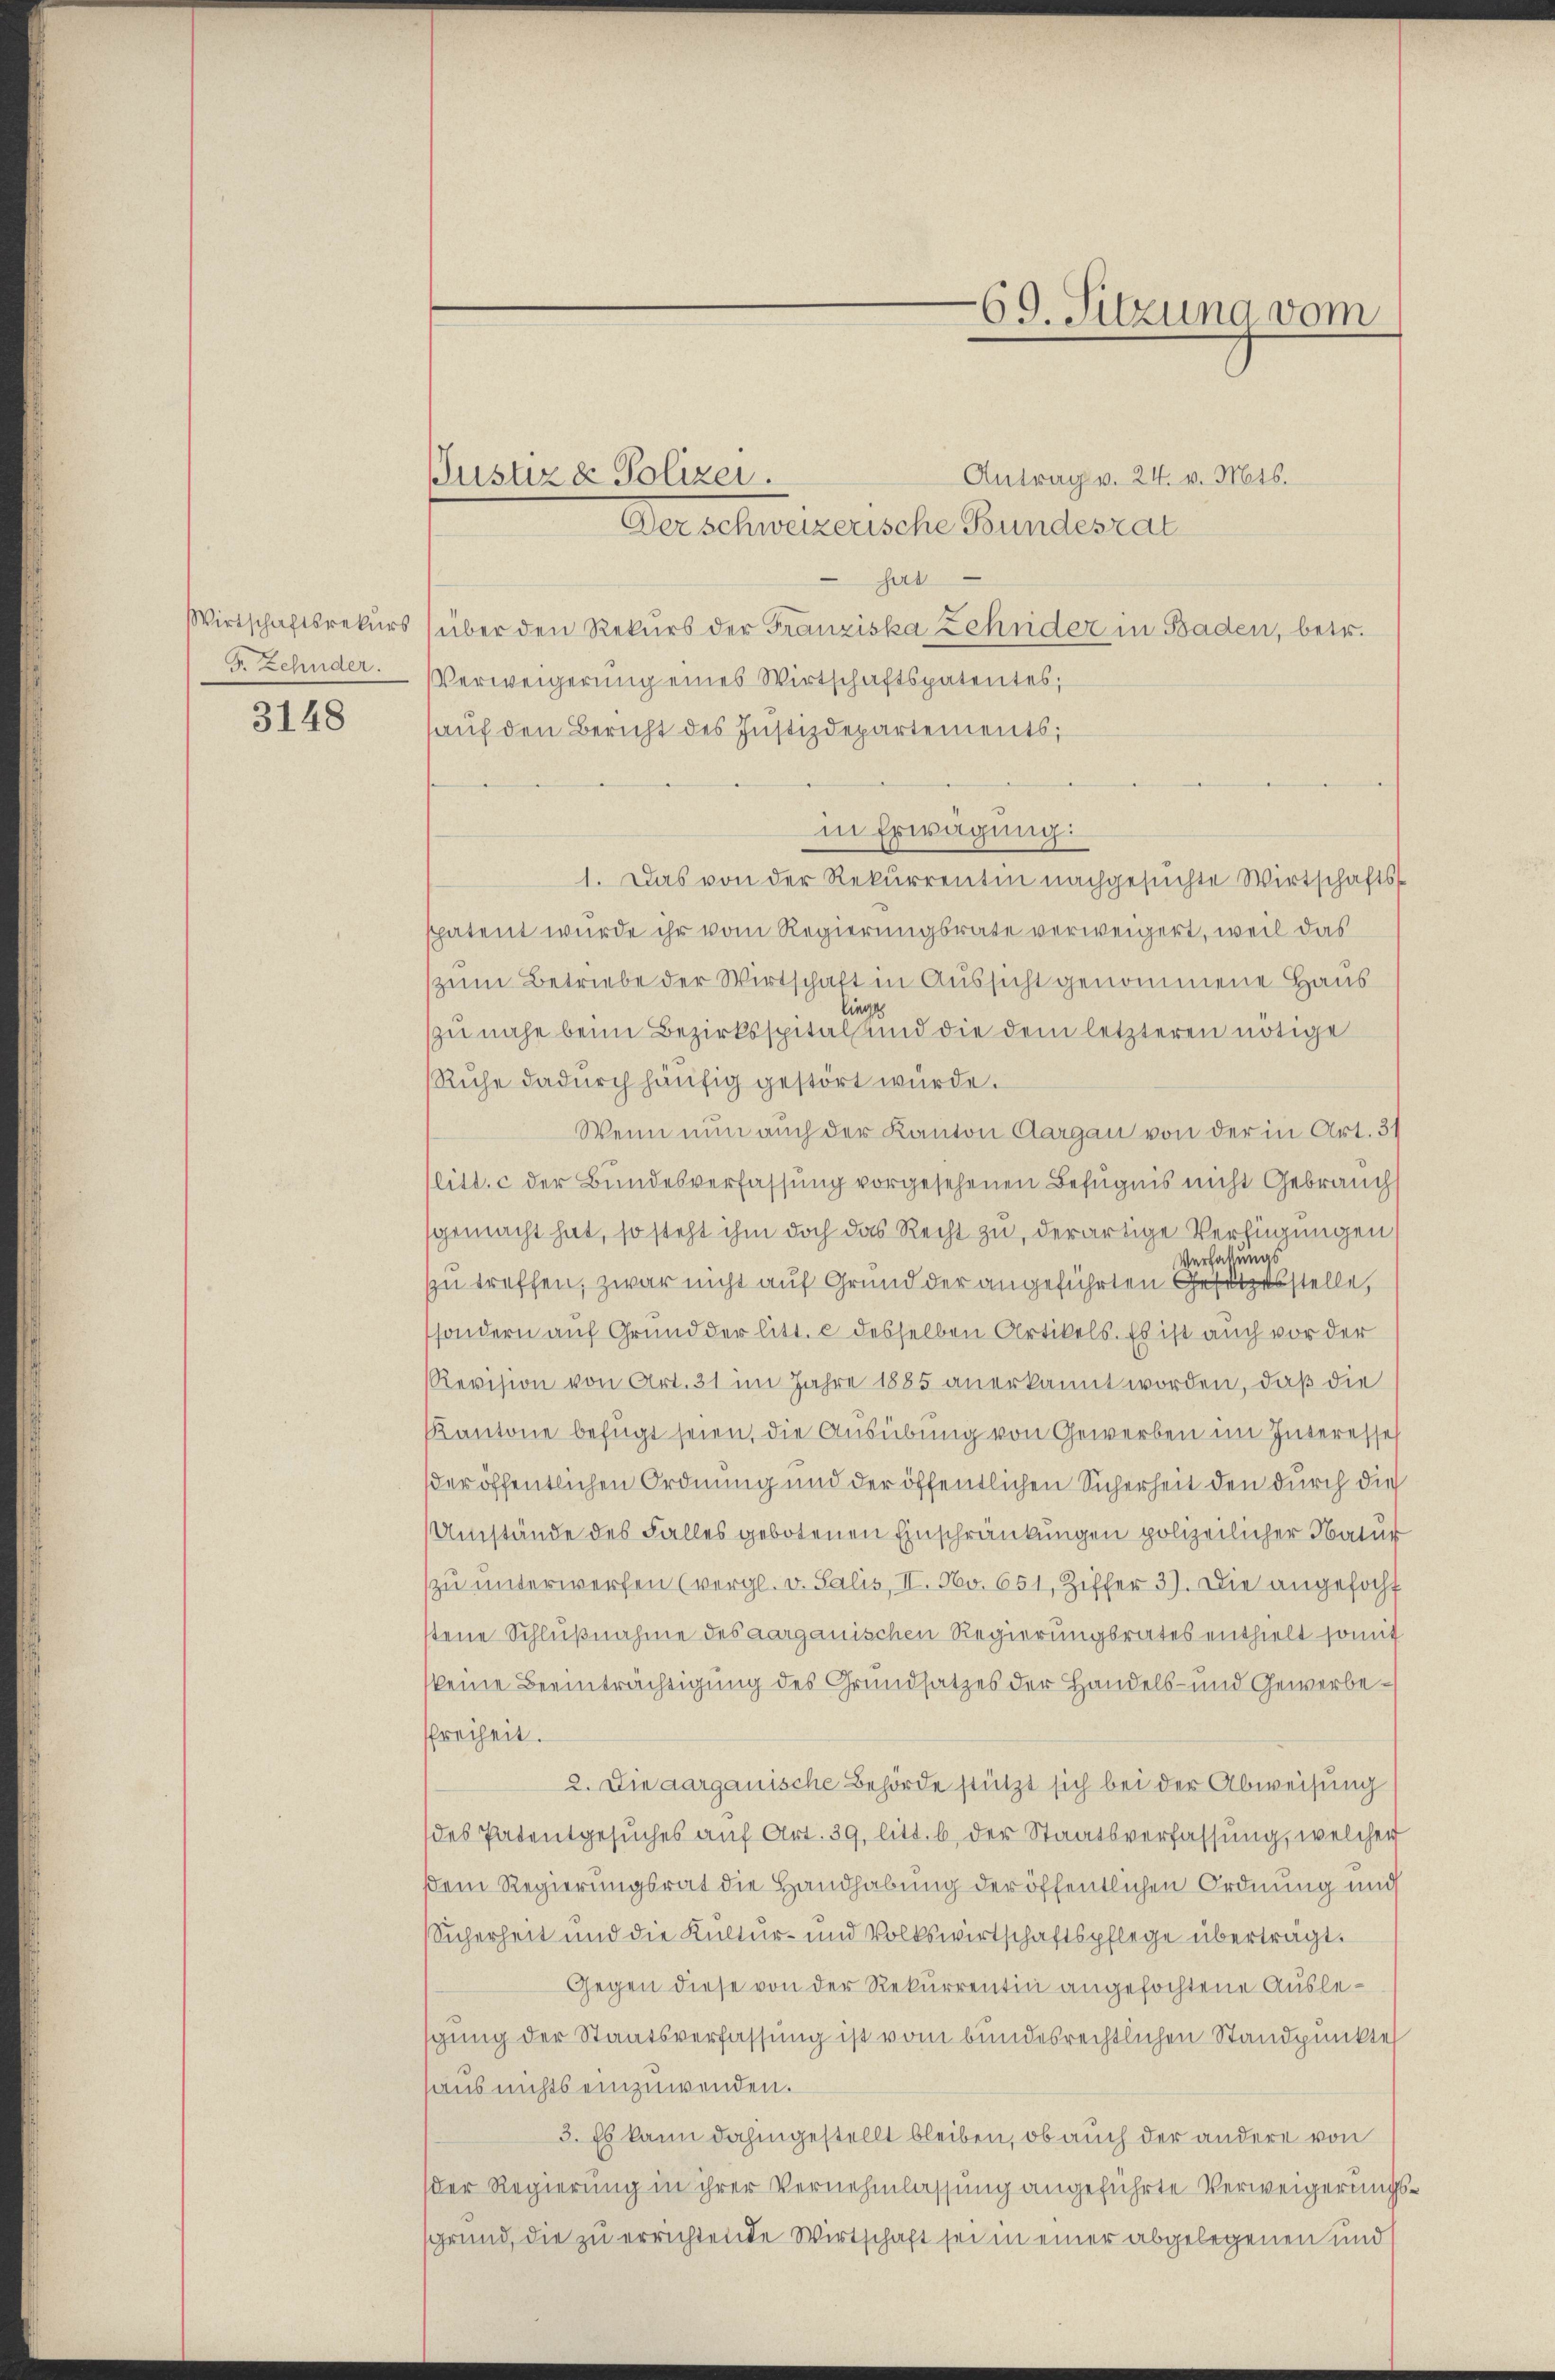
S. Zehnder.

3148

Antrag v. 24. v. Mts.
sat
Wirtschaftsrekŭrs (über den Rekurs der Franziska Zehnder in Baden, betr.
Verweigerung eines Wirtschaftspatentes,
hauf den Bericht des Justizdepartements;
in Erwägung:
1. Das von der Rekurrentin nachgesŭchte Wirtschafts-
spatent wurde ihr vom Regierungsrate verweigert, weil das
zum Betriebe der Wirtschaft in Aussicht genommene Haus
zu nahe beim Bezirksspital und die dem letzteren nötige
Ruhe dadurch häufig gestört wurde.
Wenn nun auch der Kanton Aargau von der in Art. 31
litt. c der Bundesverfassung vorgesehenen Befugnis nicht Gebrauch
gemacht hat, so steht ihm doch das Recht zu, derartige Verfügungen
Verfassungs
zu treffen, zwar nicht auf Grund der angeführten Gesetzesstelle,
sondern auf Grund der litt. c desselben Artikels. Es ist auch vor der
Revision von Art. 31 im Jahre 1885 anerkannt worden, daß die
Kantone befugt seien, die Ausübung von Gewerben im Interesse
der öffentlichen Ordnung und der öffentlichen Sicherheit den durch die
Umstände des Falles gebotenen Einschränkungen polizeilicher Natur
zu unterwerfen (vergl. v. Salis, II. No. 651, Ziffer 3). Die angefocht
stene Schlußnahme des aargauischen Regierungsrates enthielt somit
keine Beeinträchtigung des Grundsatzes der Handels- und Gewerbefreiheit.
2. Die aargauische Behörde stützt sich bei der Abweisung
des Patentgesuches auf Art. 39, litt. b der Staatsverfassung, welcher
dem Regierungsrat die Handhabung der öffentlichen Ordnung und
Sicherheit und die Kultur- und Volkswirtschaftspflege überträgt.
Gegen diese von der Rekurrentin angefochtene Auslesgung der Staatsverfassung ist vom bundesrechtlichen Standpunkte
haus nichts einzuwenden.
3. Es kann dahingestellt bleiben, ob auch der andere von
der Regierung in ihrer Vernehmlassung angeführte Verweigerungssgrund, die zu errichtende Wirtschaft sei in einer abgelegenen und

Justiz & Polizei.
Der schweizerische Bundesrat

69. Sitzung vom